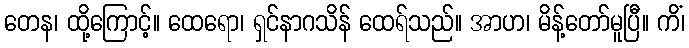
တေန၊ ထို့ကြောင့်။ ထေရော၊ ရှင်နာဂသိန် ထေရ်သည်။ အာဟ၊ မိန့်တော်မူပြီ။ ကိံ၊